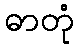
ဓာတုံ